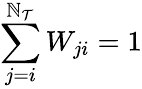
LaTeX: \sum_{j=i}^{\mathbb{N}_{\mathcal{T}}}W_{ji}=1